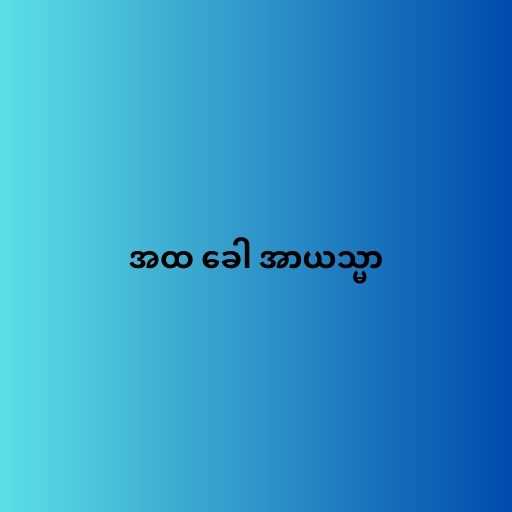
အထ ခေါ အာယသ္မာ